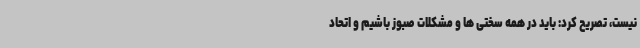
نیست، تصریح کرد: باید در همه سختی ها و مشکلات صبوز باشیم و اتحاد